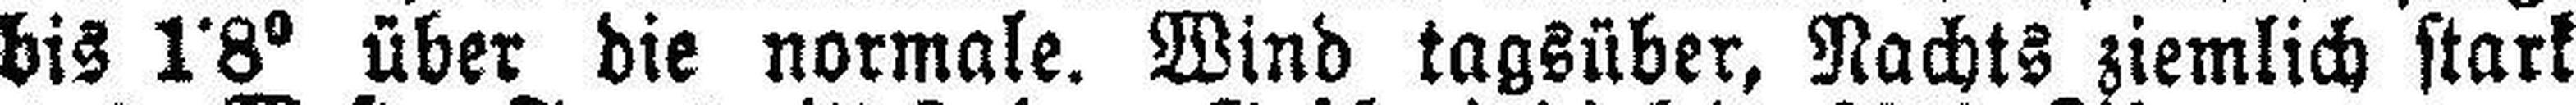
bis 1•8° über die normale. Wind tagsüber, Nachts ziemlich stark